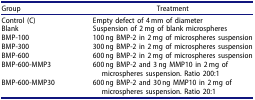
<table><thead><tr><td><b>Group</b></td><td><b>Treatment</b></td></tr></thead><tbody><tr><td>Control (C)</td><td>Empty defect of 4 mm of diameter</td></tr><tr><td>Blank</td><td>Suspension of 2 mg of blank microspheres</td></tr><tr><td>BMP-100</td><td>100 ng BMP-2 in 2 mg of microspheres suspension</td></tr><tr><td>BMP-300</td><td>300 ng BMP-2 in 2 mg of microspheres suspension</td></tr><tr><td>BMP-600</td><td>600 ng BMP-2 in 2 mg of microspheres suspension</td></tr><tr><td>BMP-600-MMP3</td><td>600 ng BMP-2 and 3 ng MMP10 in 2 mg of microspheres suspension. Ratio 200:1</td></tr><tr><td>BMP-600-MMP30</td><td>600 ng BMP-2 and 30 ng MMP10 in 2 mg of microspheres suspension. Ratio 20:1</td></tr></tbody></table>